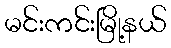
မင်းကင်းမြို့နယ်